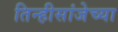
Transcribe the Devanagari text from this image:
तिन्हीसांजेच्या